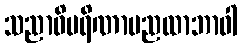
သညာဝိပရိဏာမညထာဘာဝါ